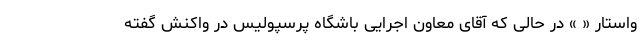
واستار « » در حالی که آقای معاون اجرایی باشگاه پرسپولیس در واکنش گفته